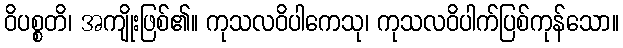
ဝိပစ္စတိ၊ အကျိုးဖြစ်၏။ ကုသလဝိပါကေသု၊ ကုသလဝိပါက်ပြစ်ကုန်သော။